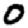
Digit: 0